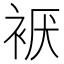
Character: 𰳹